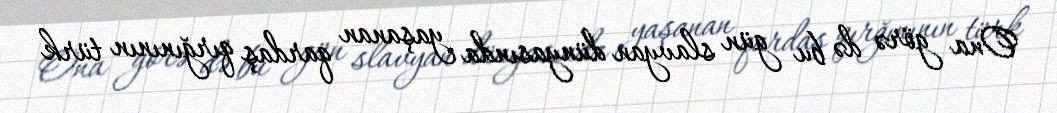
Ona görə də bu gün slavyan dünyasında yaşanan qardaş qırğınının türk